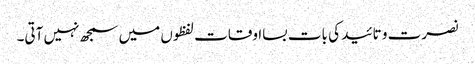
نصرت و تائید کی بات بسااوقات لفظوں میں سمجھ نہیں آتی۔